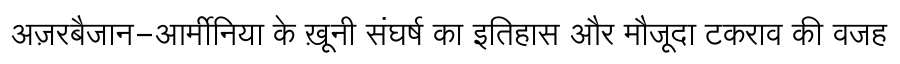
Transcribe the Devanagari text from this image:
अज़रबैजान-आर्मीनिया के ख़ूनी संघर्ष का इतिहास और मौजूदा टकराव की वजह